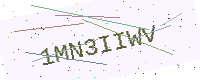
Text: 1MN3IIWV